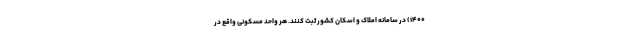
۱۴۰۰) در سامانه املاک و اسکان کشور ثبت کنند. هر واحد مسکونی واقع در